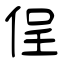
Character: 侱